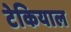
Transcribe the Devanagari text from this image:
टेकियाल